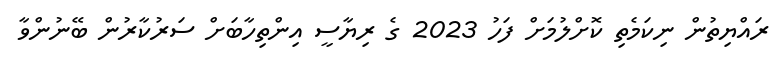
ރައްޔިތުން ނިކަމެތި ކޮށްލުމަށް ފަހު 2023 ގެ ރިޔާސީ އިންތިހާބަށް ސަރުކާރުން ބޭނުންވާ